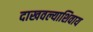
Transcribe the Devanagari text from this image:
दाखवल्याशिवाय